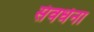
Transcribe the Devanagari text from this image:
संवर्धना